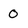
Character: 0